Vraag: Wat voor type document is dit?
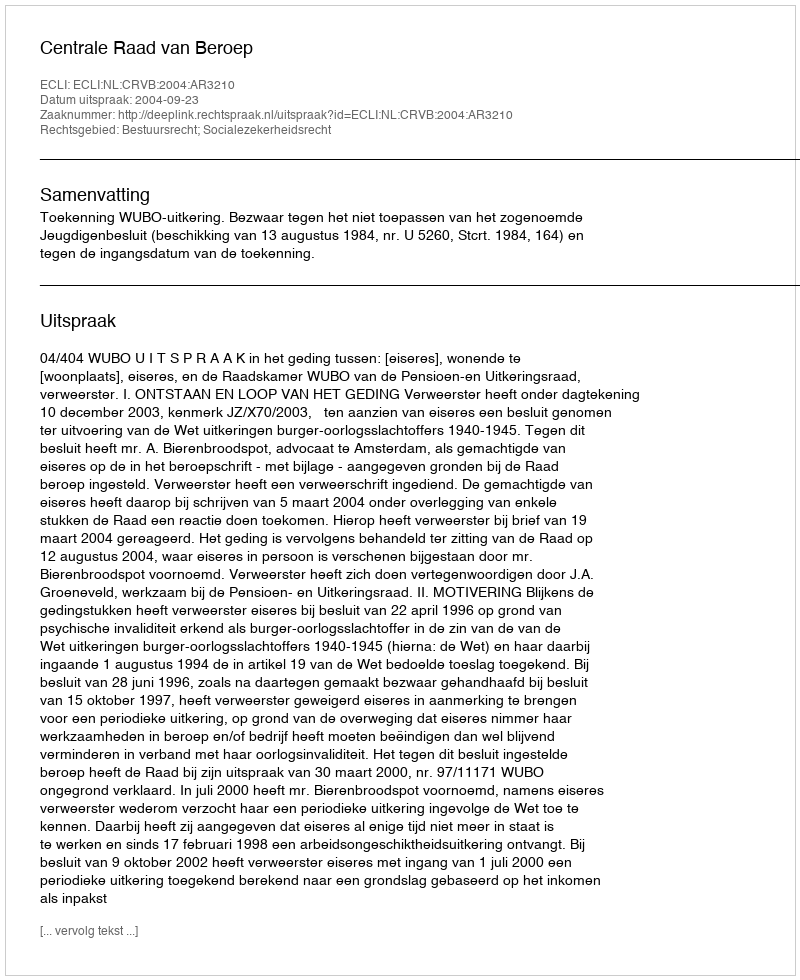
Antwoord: Uitspraak